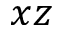
x z